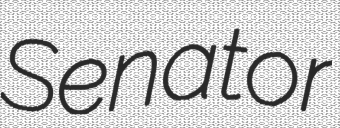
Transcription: Senator